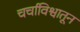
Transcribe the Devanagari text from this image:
चर्चाविश्वातून